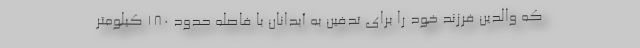
که والدین فرزند خود را برای تدفین به آبدانان با فاصله حدود ۱۸۰ کیلومتر